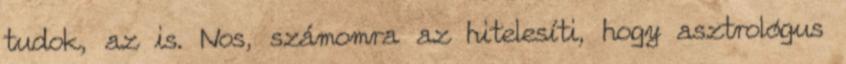
tudok, az is. Nos, számomra az hitelesíti, hogy asztrológus